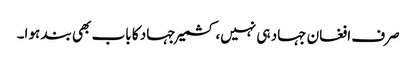
صرف افغان جہاد ہی نہیں، کشمیر جہاد کا باب بھی بند ہوا۔